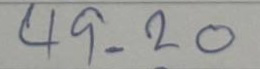
49 = 20